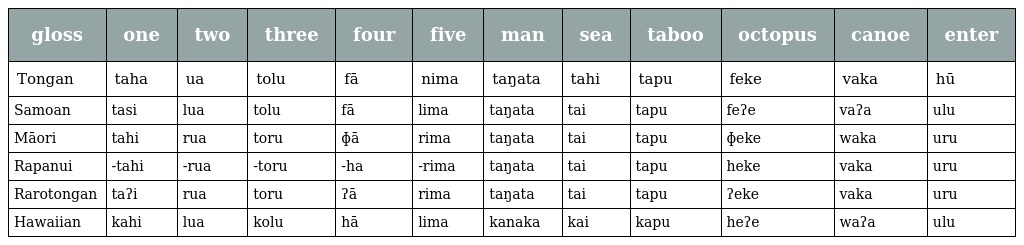
| gloss | one | two | three | four | five | man | sea | taboo | octopus | canoe | enter |
 | --- | --- | --- | --- | --- | --- | --- | --- | --- | --- | --- | --- |
 | Tongan | taha | ua | tolu | fā | nima | taŋata | tahi | tapu | feke | vaka | hū |
 | Samoan | tasi | lua | tolu | fā | lima | taŋata | tai | tapu | feʔe | vaʔa | ulu |
 | Māori | tahi | rua | toru | ɸā | rima | taŋata | tai | tapu | ɸeke | waka | uru |
 | Rapanui | -tahi | -rua | -toru | -ha | -rima | taŋata | tai | tapu | heke | vaka | uru |
 | Rarotongan | taʔi | rua | toru | ʔā | rima | taŋata | tai | tapu | ʔeke | vaka | uru |
 | Hawaiian | kahi | lua | kolu | hā | lima | kanaka | kai | kapu | heʔe | waʔa | ulu |